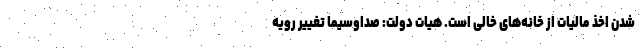
شدن اخذ مالیات از خانه‌های خالی است. هیات دولت: صداوسیما تغییر رویه